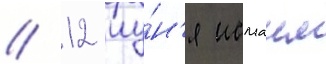
// 12 иу́н'я исмаил